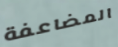
المضاعفة